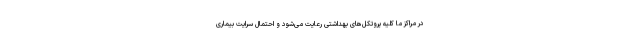
در مراکز ما کلیه پروتکل‌های بهداشتی رعایت می‌شود و احتمال سرایت بیماری